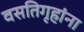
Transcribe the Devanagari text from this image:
वसतिगृहांना